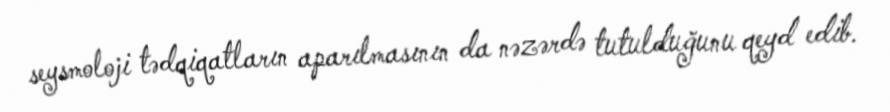
seysmoloji tədqiqatların aparılmasının da nəzərdə tutulduğunu qeyd edib.